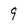
Character: 9